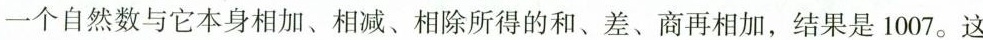
一个自然数与它本身相加、相减、相除所得的和、差、商再相加，结果是1007。这